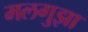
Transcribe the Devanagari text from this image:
मलगुझा